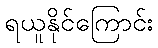
ရယူနိုင်ကြောင်း